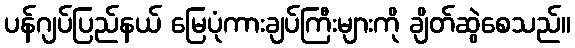
ပန်ဂျပ်ပြည်နယ် မြေပုံကားချပ်ကြီးများကို ချိတ်ဆွဲစေသည်။